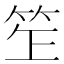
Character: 𥬚